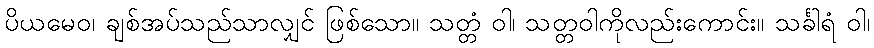
ပိယမေဝ၊ ချစ်အပ်သည်သာလျှင် ဖြစ်သော။ သတ္တံ ဝါ၊ သတ္တဝါကိုလည်းကောင်း။ သင်္ခါရံ ဝါ၊